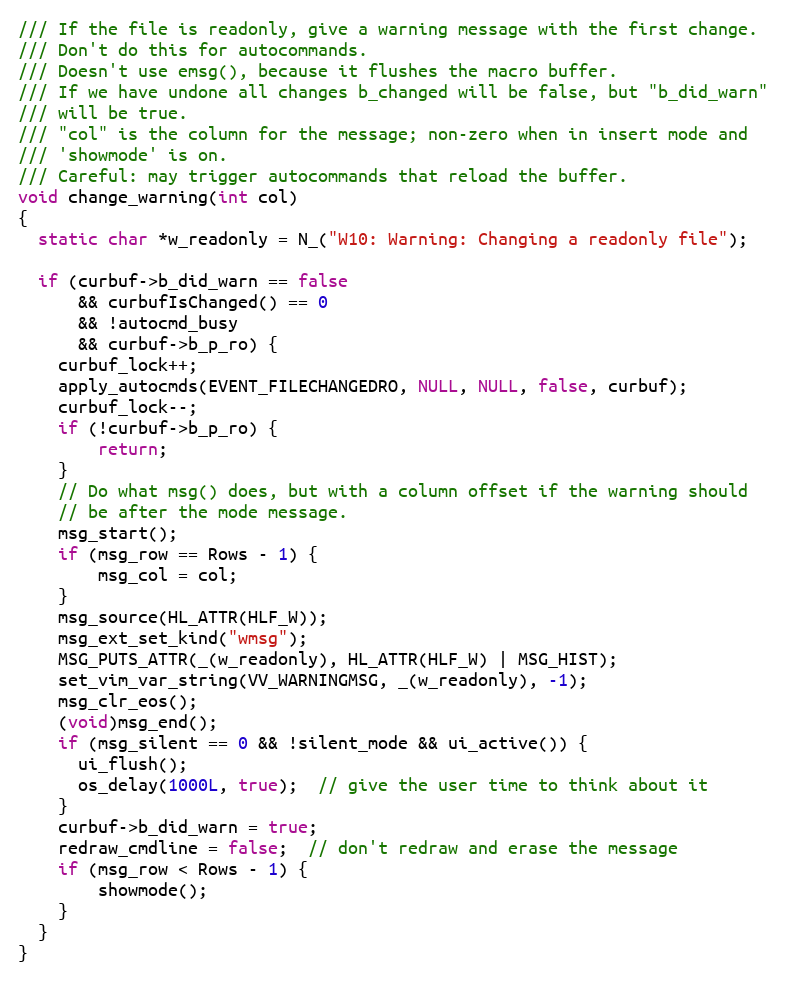
Language: C
/// If the file is readonly, give a warning message with the first change.
/// Don't do this for autocommands.
/// Doesn't use emsg(), because it flushes the macro buffer.
/// If we have undone all changes b_changed will be false, but "b_did_warn"
/// will be true.
/// "col" is the column for the message; non-zero when in insert mode and
/// 'showmode' is on.
/// Careful: may trigger autocommands that reload the buffer.
void change_warning(int col)
{
  static char *w_readonly = N_("W10: Warning: Changing a readonly file");

  if (curbuf->b_did_warn == false
      && curbufIsChanged() == 0
      && !autocmd_busy
      && curbuf->b_p_ro) {
    curbuf_lock++;
    apply_autocmds(EVENT_FILECHANGEDRO, NULL, NULL, false, curbuf);
    curbuf_lock--;
    if (!curbuf->b_p_ro) {
        return;
    }
    // Do what msg() does, but with a column offset if the warning should
    // be after the mode message.
    msg_start();
    if (msg_row == Rows - 1) {
        msg_col = col;
    }
    msg_source(HL_ATTR(HLF_W));
    msg_ext_set_kind("wmsg");
    MSG_PUTS_ATTR(_(w_readonly), HL_ATTR(HLF_W) | MSG_HIST);
    set_vim_var_string(VV_WARNINGMSG, _(w_readonly), -1);
    msg_clr_eos();
    (void)msg_end();
    if (msg_silent == 0 && !silent_mode && ui_active()) {
      ui_flush();
      os_delay(1000L, true);  // give the user time to think about it
    }
    curbuf->b_did_warn = true;
    redraw_cmdline = false;  // don't redraw and erase the message
    if (msg_row < Rows - 1) {
        showmode();
    }
  }
}